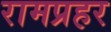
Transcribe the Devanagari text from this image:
रामप्रहर